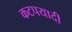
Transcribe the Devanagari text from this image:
कटपयादी